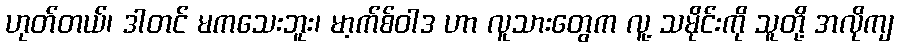
ဟုတ်တယ်၊ ဒါတင် မကသေးဘူး၊ မာ့က်စ်ဝါဒ ဟာ လူသားတွေက လူ့ သမိုင်းကို သူတို့ အလိုကျ